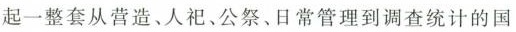
起一整套从营造、人祀、公祭、日常管理到调查统计的国